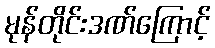
မုန်တိုင်းဒဏ်ကြောင့်